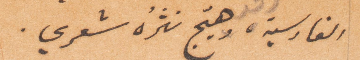
الفارسية وهيّج نثره شعري